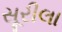
સૂરીલા